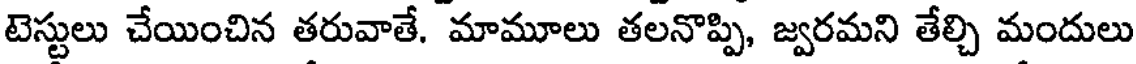
టెస్టులు చేయించిన తరువాతే. మామూలు తలనొప్పి, జ్వరమని తేల్చి మందులు